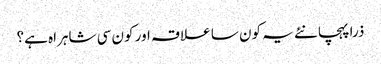
ذرا پہچانئے یہ کون سا علاقہ اور کون سی شاہراہ ہے؟